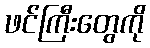
ဖင်ကြီးတွေကို